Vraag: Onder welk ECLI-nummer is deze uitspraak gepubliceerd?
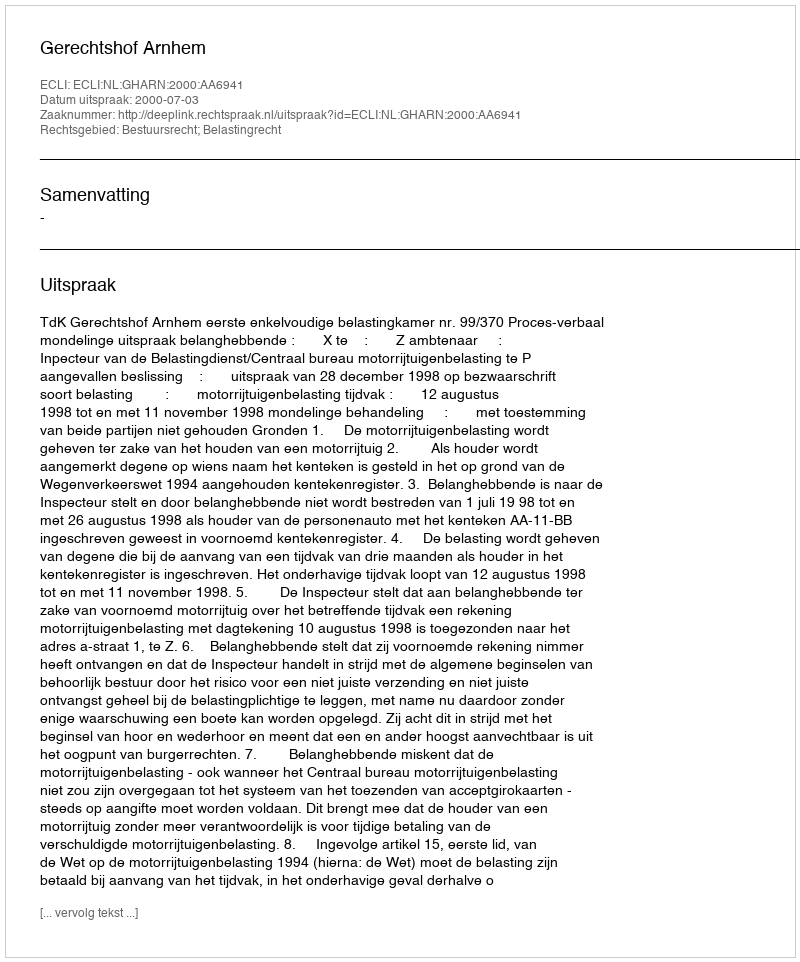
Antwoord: ECLI:NL:GHARN:2000:AA6941